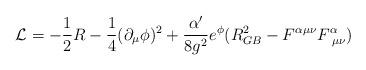
LaTeX: \begin{align*}{\cal L}=-\frac{1}{2}R - \frac{1}{4} (\partial _\mu \phi )^2+ \frac{\alpha '}{8g^2} e^{\phi }( R^2 _{GB}- F^{\alpha \mu \nu}F_{\,\,\mu \nu} ^{\alpha})\end{align*}